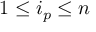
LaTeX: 1 \leq i _ { p } \leq n